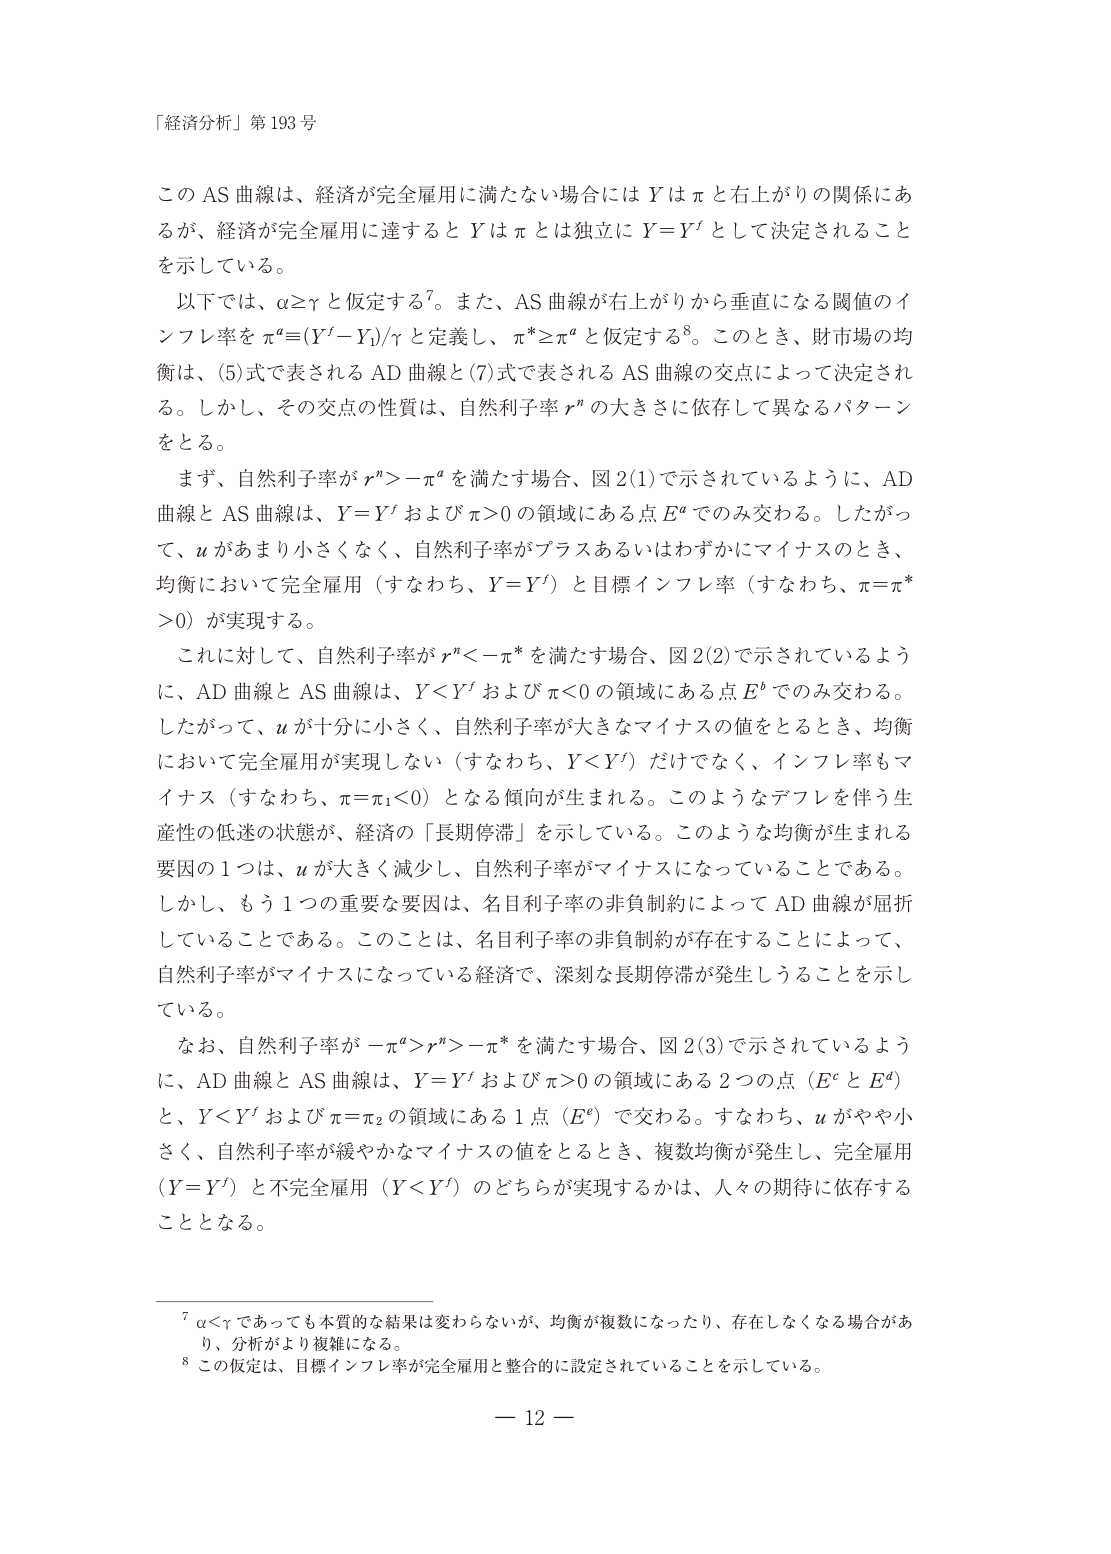
「経済分析」第193号

このAS曲線は、経済が完全雇用に満たない場合にはYはπと右上がりの関係にあるが、経済が完全雇用に達するとYはπとは独立にY=Yfとして決定されることを示している。

以下では、α≥γと仮定する⁷。また、AS曲線が右上がりから垂直になる閾値のインフレ率をπa≡(Yf−Y0)/γと定義し、π*≥πaと仮定する⁸。このとき、財市場の均衡は、(5)式で表されるAD曲線と(7)式で表されるAS曲線の交点によって決定される。しかし、その交点の性質は、自然利子率r"の大きさに依存して異なるパターンをとる。

まず、自然利子率がr">−πaを満たす場合、図2(1)で示されているように、AD曲線とAS曲線は、Y=Yfおよびπ>0の領域にある点Eaでのみ交わる。したがって、uがあまり小さくなく、自然利子率がプラスあるいはわずかにマイナスのとき、均衡において完全雇用（すなわち、Y=Yf）と目標インフレ率（すなわち、π=π*>0）が実現する。

これに対して、自然利子率がr"<−π*を満たす場合、図2(2)で示されているように、AD曲線とAS曲線は、Y<Yfおよびπ<0の領域にある点Ebでのみ交わる。したがって、uが十分に小さく、自然利子率が大きなマイナスの値をとるとき、均衡において完全雇用が実現しない（すなわち、Y<Yf）だけでなく、インフレ率もマイナス（すなわち、π=π1<0）となる傾向が生まれる。このようなデフレを伴う生産性の低迷の状態が、経済の「長期停滞」を示している。このような均衡が生まれる要因の1つは、uが大きく減少し、自然利子率がマイナスになっていることである。しかし、もう1つの重要な要因は、名目利子率の非負制約によってAD曲線が屈折していることである。このことは、名目利子率の非負制約が存在することによって、自然利子率がマイナスになっている経済で、深刻な長期停滞が発生しうることを示している。

なお、自然利子率が−πa>r">−π*を満たす場合、図2(3)で示されているように、AD曲線とAS曲線は、Y=Yfおよびπ>0の領域にある2つの点（EcとEd）と、Y<Yfおよびπ=π2の領域にある1点（Ee）で交わる。すなわち、uがやや小さく、自然利子率が緩やかなマイナスの値をとるとき、複数均衡が発生し、完全雇用（Y=Yf）と不完全雇用（Y<Yf）のどちらが実現するかは、人々の期待に依存することとなる。

⁷ α<γであっても本質的な結果は変わらないが、均衡が複数になったり、存在しなくなる場合があり、分析がより複雑になる。
⁸ この仮定は、目標インフレ率が完全雇用と整合的に設定されていることを示している。

— 12 —